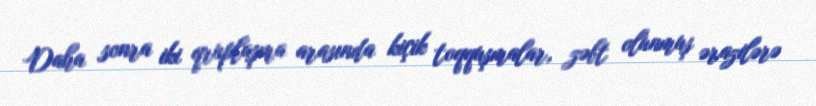
Daha sonra iki qruplaşma arasında kiçik toqquşmalar, zəbt olunmuş ərazilərə